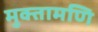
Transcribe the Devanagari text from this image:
मुक्तामणि